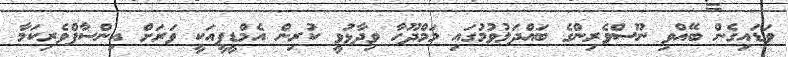
ވަަޑައިގެން ބޭއްވި ނޫސްވެރިންގެ ބައްދަލުވުމުގައި މަމްދޫހާ ވިދާޅުވީ ކުރިން އެމްޑީޕީއަކީ ވަރަށް އިންސާފްވެރިކަމާ